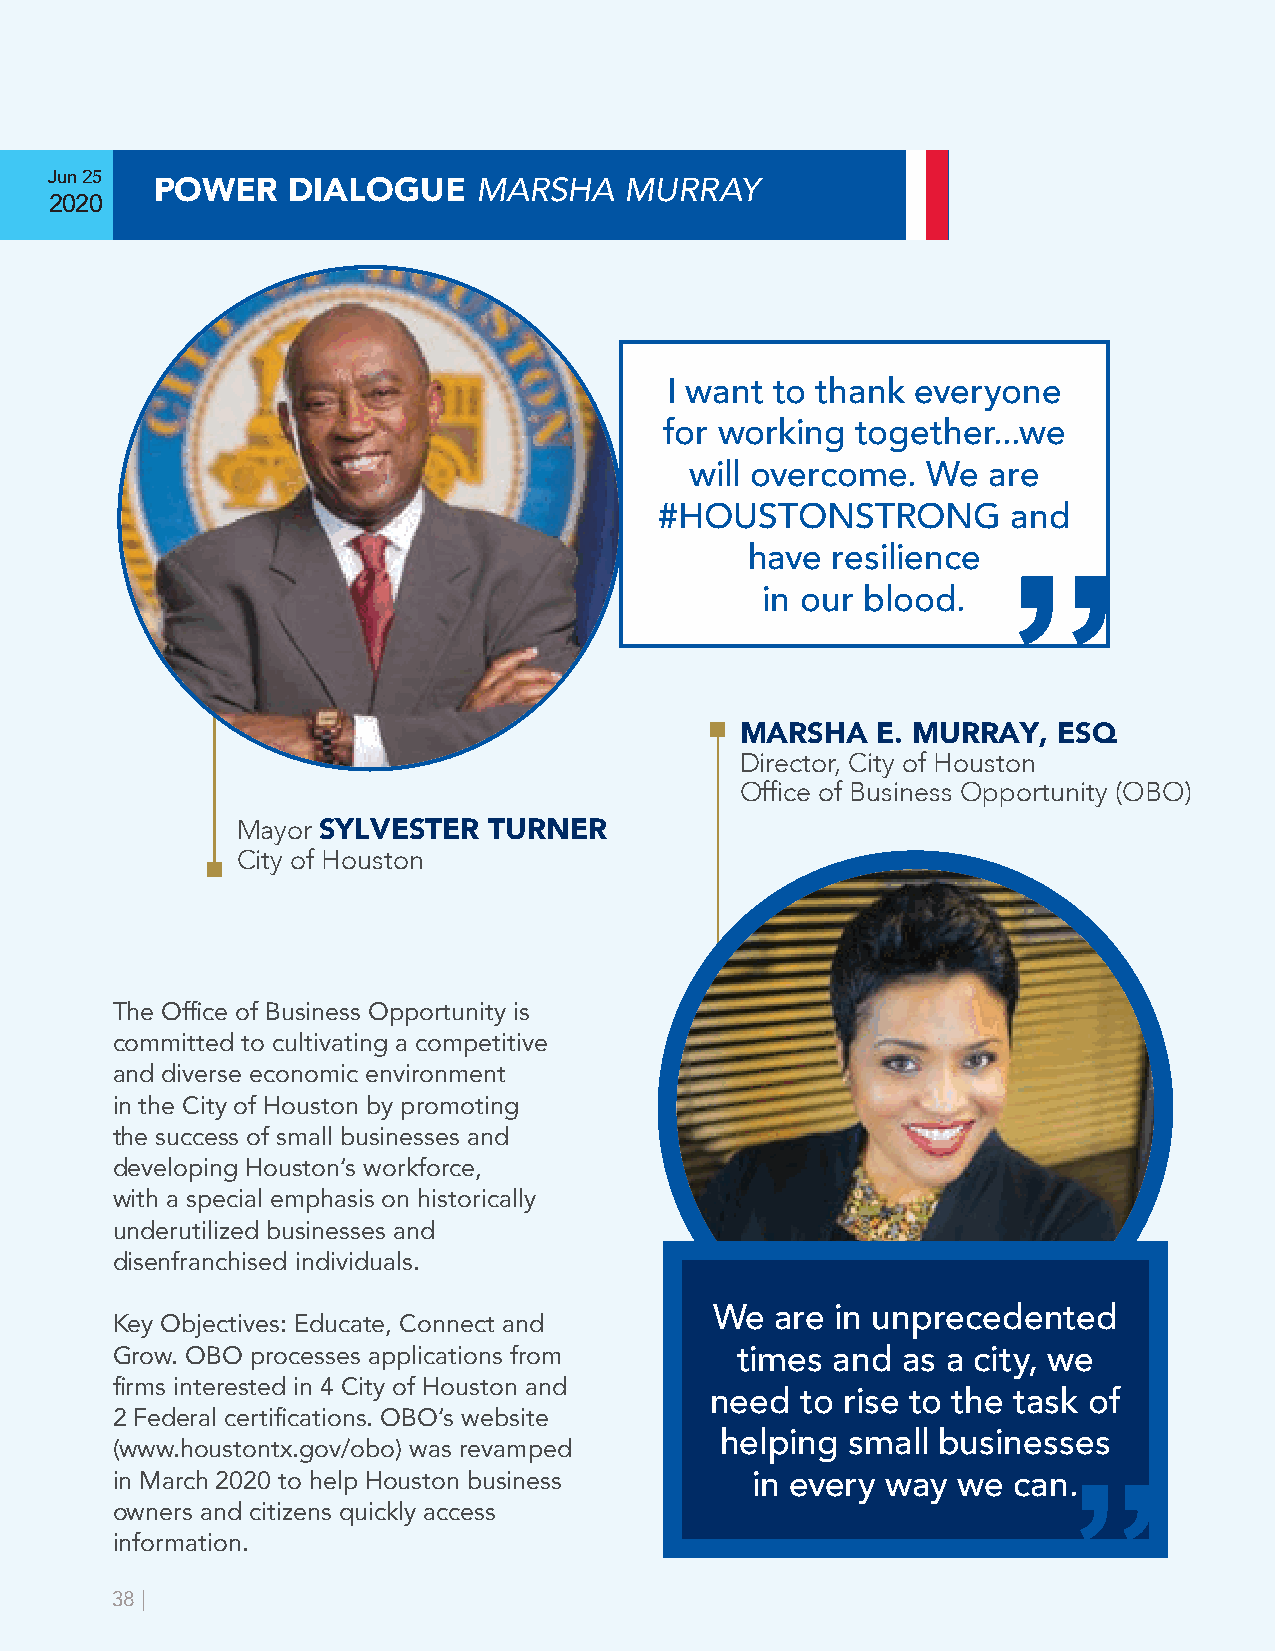
Jun 25                       MARSHA   MURRAY
 POWER    DIALOGUE
 2020
 I want to thank  everyone
 for working  together...we
 will overcome. We  are
 #HOUSTONSTRONG         and
 have resilience
 in our blood.
 ”
 MARSHA   E. MURRAY,  ESQ
 Director, City of Houston
 Office of Business Opportunity (OBO)
 Mayor SYLVESTER TURNER
 City of Houston
 The Office of Business Opportunity is
 committed to cultivating a competitive
 and diverse economic environment
 in the City of Houston by promoting
 the success of small businesses and
 developing Houston’s workforce,
 with a special emphasis on historically
 underutilized businesses and
 disenfranchised individuals.
 We  are in unprecedented
 Key Objectives: Educate, Connect and
 Grow. OBO processes applications from     times and  as a city, we
 firms interested in 4 City of Houston and
 need  to rise to the task of
 2 Federal certifications. OBO’s website
 helping small businesses
 (www.houstontx.gov/obo) was revamped
 in March 2020 to help Houston business     in every way we  can.
 owners and citizens quickly access                              ”
 information.
 38 |